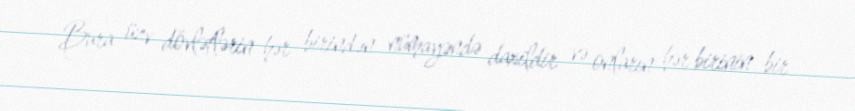
Bura üzv dövlətlərin hər birindən nümayəndə daxildir və onların hər birinin bir